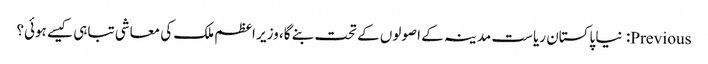
Previous: نیا پاکستان ریاست مدینہ کے اصولوں کے تحت بنے گا، وزیر اعظم ملک کی معاشی تباہی کیسے ہوئی؟